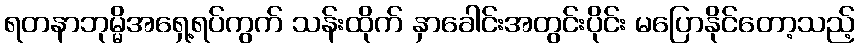
ရတနာဘုမ္မိအရှေ့ရပ်ကွက် သန်းထိုက် နှာခေါင်းအတွင်းပိုင်း မပြောနိုင်တော့သည့်